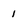
Character: 1